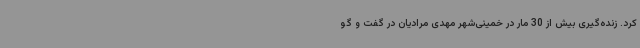
کرد. زنده‌گیری بیش از 30 مار در خمینی‌شهر مهدی مرادیان در گفت و گو